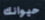
حيوانك